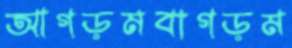
আগড়মবাগড়ম